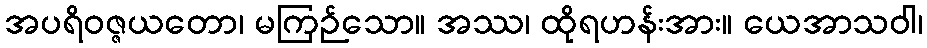
အပရိဝဇ္ဇယတော၊ မကြဉ်သော။ အဿ၊ ထိုရဟန်းအား။ ယေအာသဝါ၊